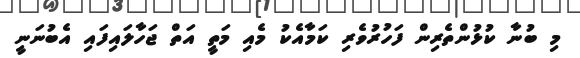
މި ބުނާ ކުޅުންތެރިން ފަހުރުވެރި ކަމާއެކު މެއި މަތީ އަތް ޖަހާލައިފައި އެބުނަނީ